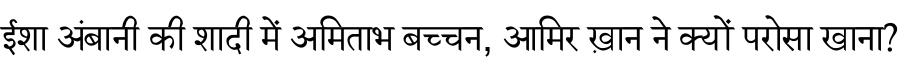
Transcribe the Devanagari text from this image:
ईशा अंबानी की शादी में अमिताभ बच्चन, आमिर ख़ान ने क्यों परोसा खाना?